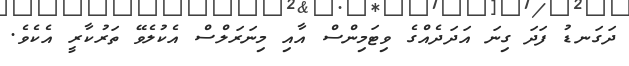
ދަގަނޑު ފަދަ ގިނަ އަދަދެއްގެ ވިޓަމިންސް އާއި މިނަރަލްސް އެކުލެވޭ ތަރުކާރީ އެކެވެ.